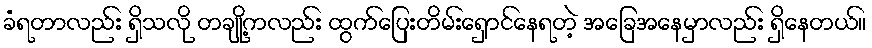
ခံရတာလည်း ရှိသလို တချို့ကလည်း ထွက်ပြေးတိမ်းရှောင်နေရတဲ့ အခြေအနေမှာလည်း ရှိနေတယ်။